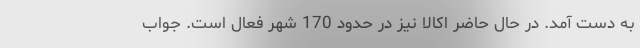
به دست آمد. در حال حاضر اکالا نیز در حدود 170 شهر فعال است. جواب